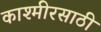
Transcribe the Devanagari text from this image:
काश्मीरसाठी